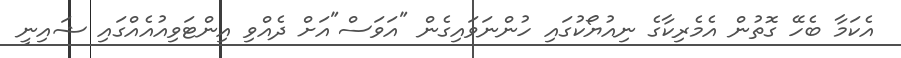
އެކަމާ ބެހޭ ގޮތުން އެމެރިކާގެ ނިއުޔޯކުގައި ހުންނަވައިގެން "އަވަސް"އަށް ދެއްވި އިންޓަވިއުއެއްގައި ޝައިނީ